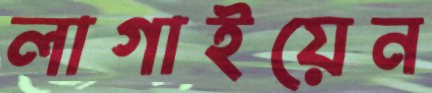
লাগাইয়েন